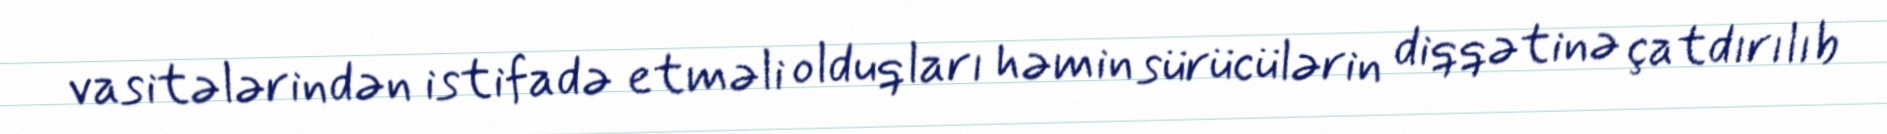
vasitələrindən istifadə etməli olduqları həmin sürücülərin diqqətinə çatdırılıb